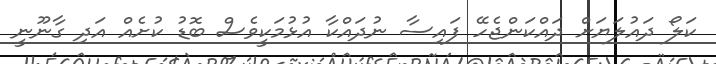
ކަލޯ ދައުލަޔަށް ދައްކަންޖެހޭ ފައިސާ ނުދައްކާ އުޅުމަކީވެސް ބޮޑު ކުށެއް އަދި ގާނޫނީ